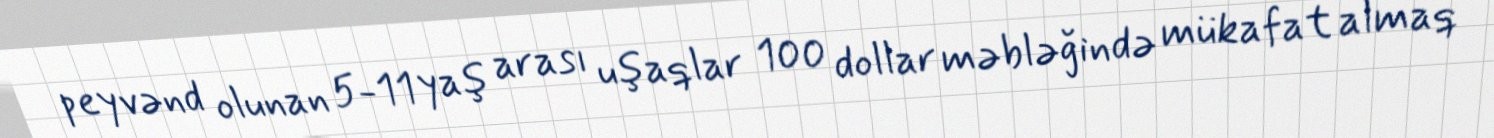
peyvənd olunan 5-11 yaş arası uşaqlar 100 dollar məbləğində mükafat almaq